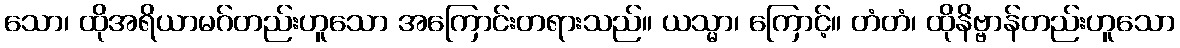
သော၊ ထိုအရိယာမဂ်တည်းဟူသော အကြောင်းတရားသည်။ ယသ္မာ၊ ကြောင့်။ တံတံ၊ ထိုနိဗ္ဗာန်တည်းဟူသော